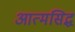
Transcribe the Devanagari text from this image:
आत्मसिद्ध